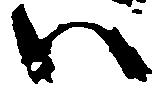
ハ